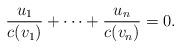
LaTeX: \begin{align*}\frac{u_1}{c(v_1)}+\cdots+\frac{u_n}{c(v_n)}=0.\end{align*}